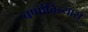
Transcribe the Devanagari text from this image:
वर्णाविन्यास